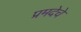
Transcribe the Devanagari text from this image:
प्रमदेचे